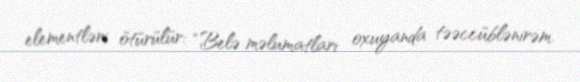
elementləri ötürülür: “Belə məlumatları oxuyanda təəccüblənirəm.